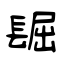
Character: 镼